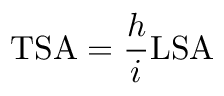
\mathrm { T S A } = { \frac { h } { i } } \mathrm { L S A }